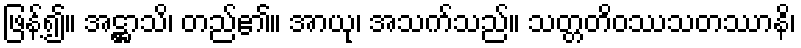
ဖြန့်၍။ အဋ္ဌာသိ၊ တည်၏။ အာယု၊ အသက်သည်။ သတ္တတိဝဿသတဿာနိ၊